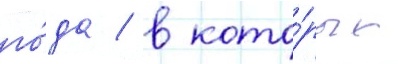
го́да / в кото́рых